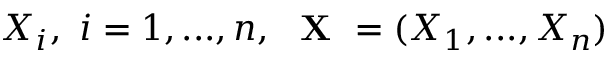
X _ { i } , \ i = 1 , . . . , n , \ \textbf { X } = ( X _ { 1 } , . . . , X _ { n } )